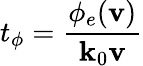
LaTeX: t_{\phi}=\frac{\phi_{e}(\mathbf{v})}{\mathbf{k}_{0}\mathbf{v}}